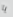
يا